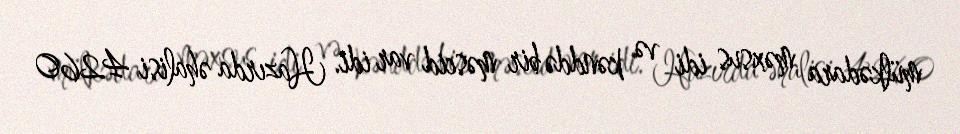
mülkədara məxsus idi və kənddə bir məscid var idi. Hazırda əhalisi 4260